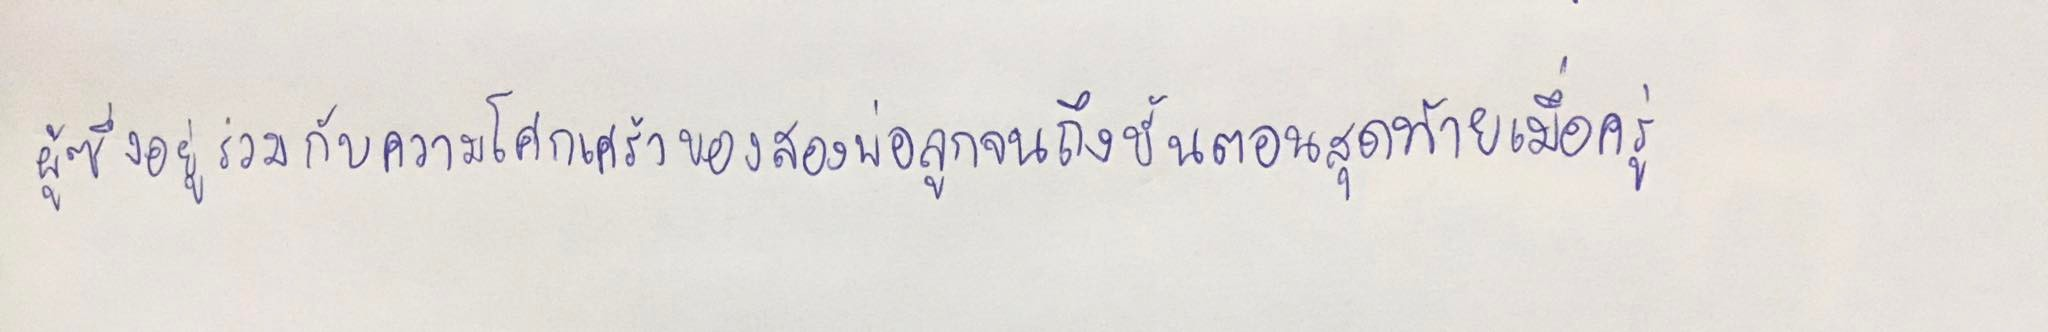
ผู้ซึ่งอยู่ร่วมกับความโศกเศร้าของสองพ่อลูกจนถึงขั้นตอนสุดท้ายเมื่อครู่